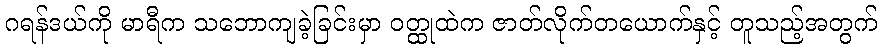
ဂရန်ဒယ်ကို မာရီက သဘောကျခဲ့ခြင်းမှာ ဝတ္ထုထဲက ဇာတ်လိုက်တယောက်နှင့် တူသည့်အတွက်